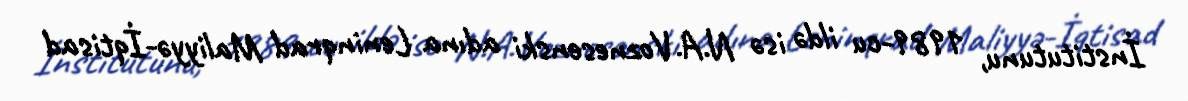
İnstitutunu, 1989-cu ildə isə N.A.Voznesenski adına Leninqrad Maliyyə-İqtisad